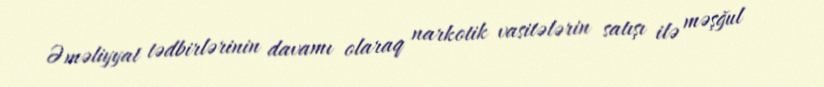
Əməliyyat tədbirlərinin davamı olaraq narkotik vasitələrin satışı ilə məşğul